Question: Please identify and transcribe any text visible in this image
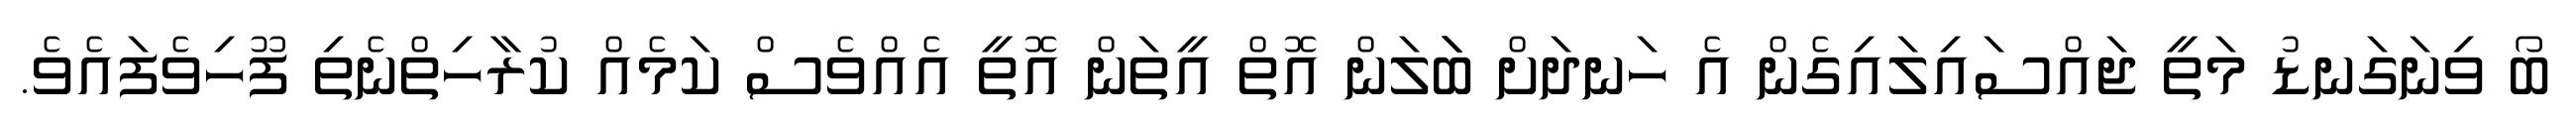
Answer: ބޯ ވިނަގަނޑު މަތީ ޖައްސައިލައިގެން އެ ހަނދަށް ބަަަލަން އޮތް އީތަން އޮތީ އެއްވެސް ކަމެއް ކުރާހިތްނެތި ފޫހިވެފައެވެ.